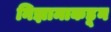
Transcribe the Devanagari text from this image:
निझामाकडून